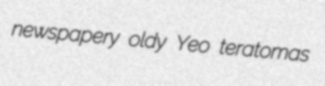
newspapery oldy Yeo teratomas